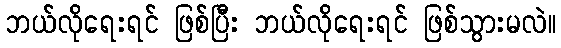
ဘယ်လိုရေးရင် ဖြစ်ပြီး ဘယ်လိုရေးရင် ဖြစ်သွားမလဲ။